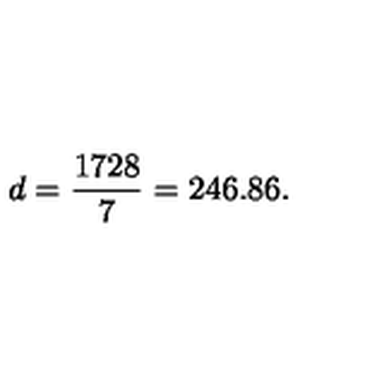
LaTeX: d = \frac { 1 7 2 8 } { 7 } = 2 4 6 . 8 6 .